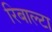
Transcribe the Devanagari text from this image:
रिबाल्टा